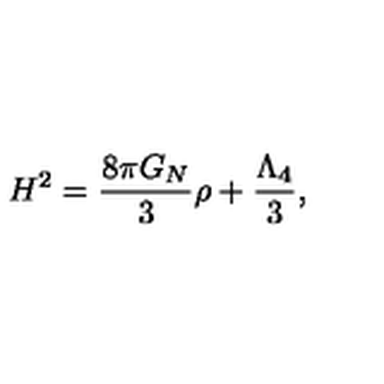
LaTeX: H ^ { 2 } = \frac { 8 \pi G _ { N } } { 3 } \rho + \frac { \Lambda _ { 4 } } { 3 } ,